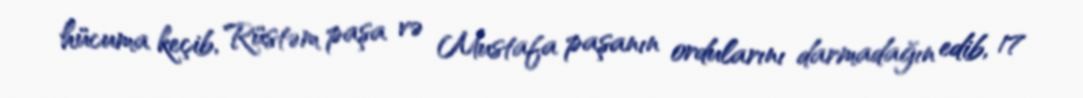
hücuma keçib, Rüstəm paşa və Mustafa paşanın ordularını darmadağın edib, 17